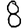
Digit: 8